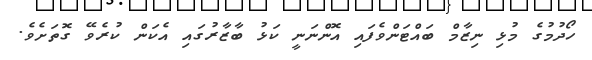
ހޯދުމުގެ މުޅި ނިޒާމް ބައްޓަންވެފައި އޮންނަނީ ކަޅު ބާޒާރުގައި އެކަން ކުރެވޭ ގޮތަށެވެ.